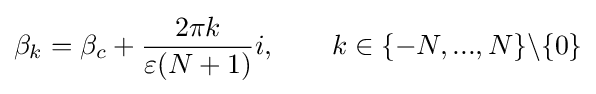
\beta _{k}=\beta _{c}+{\frac {2\pi k}{\varepsilon (N+1)}}i,\qquad k\in \{-N,...,N\}\backslash \{0\}